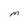
Character: M